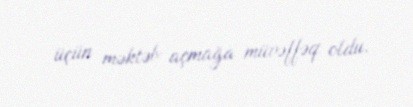
üçün məktəb açmağa müvəffəq oldu.